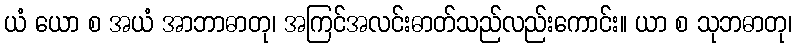
ယံ ယော စ အယံ အာဘာဓာတု၊ အကြင်အလင်းဓာတ်သည်လည်းကောင်း။ ယာ စ သုဘဓာတု၊